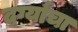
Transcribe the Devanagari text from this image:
दर्ग्यांचा